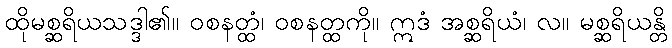
ထိုမစ္ဆရိယသဒ္ဒါ၏။ ဝစနတ္ထံ၊ ဝစနတ္ထကို။ ဣဒံ အစ္ဆရိယံ၊ လ။ မစ္ဆရိယန္တိ